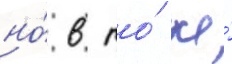
но́ в то́ же́